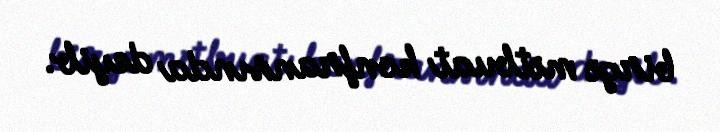
birgə mətbuat konfransında deyib.